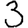
Digit: 3